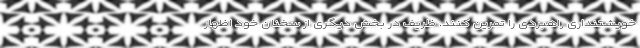
خویشتنداری راهبردی را تمرین کنند. ظریف در بخش دیگری از سخنان خود اظهار